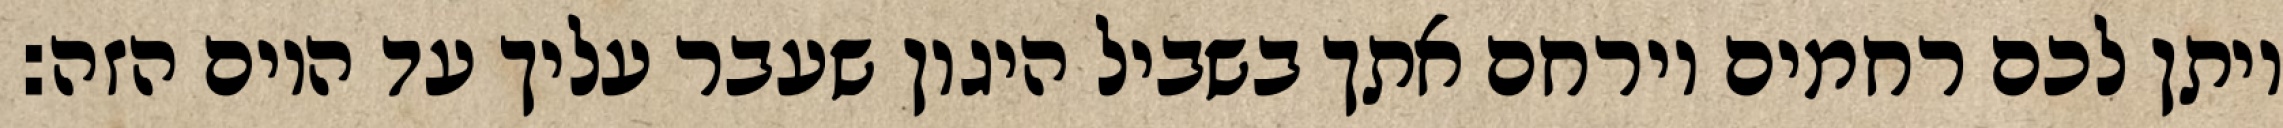
ויתן לכם רחמים וירחם אתך בשביל היגון שעבר עליך עד היום הזה: